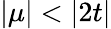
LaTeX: |\mu|<|2t|